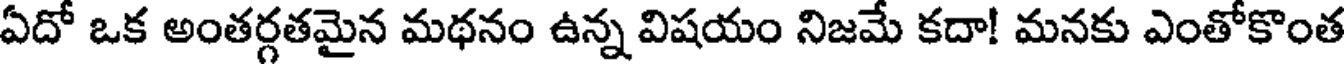
ఏదో ఒక అంతర్గతమైన మథనం ఉన్న విషయం నిజమే కదా! మనకు ఎంతోకొంత